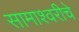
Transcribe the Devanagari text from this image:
सामाश्वरीचे